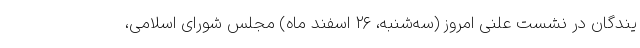
یندگان در نشست علنی امروز (سه‌شنبه، ۲۶ اسفند ماه) مجلس شورای اسلامی،